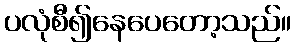
ပလုံစီ၍နေပေတော့သည်။